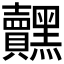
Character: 𮮟